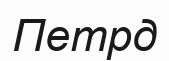
Петрд